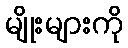
မျိုးများကို